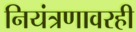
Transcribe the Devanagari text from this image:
नियंत्रणावरही